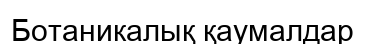
Ботаникалық қаумалдар